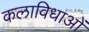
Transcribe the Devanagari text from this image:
कलाविधाओं